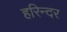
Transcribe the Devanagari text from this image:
हरिन्दर